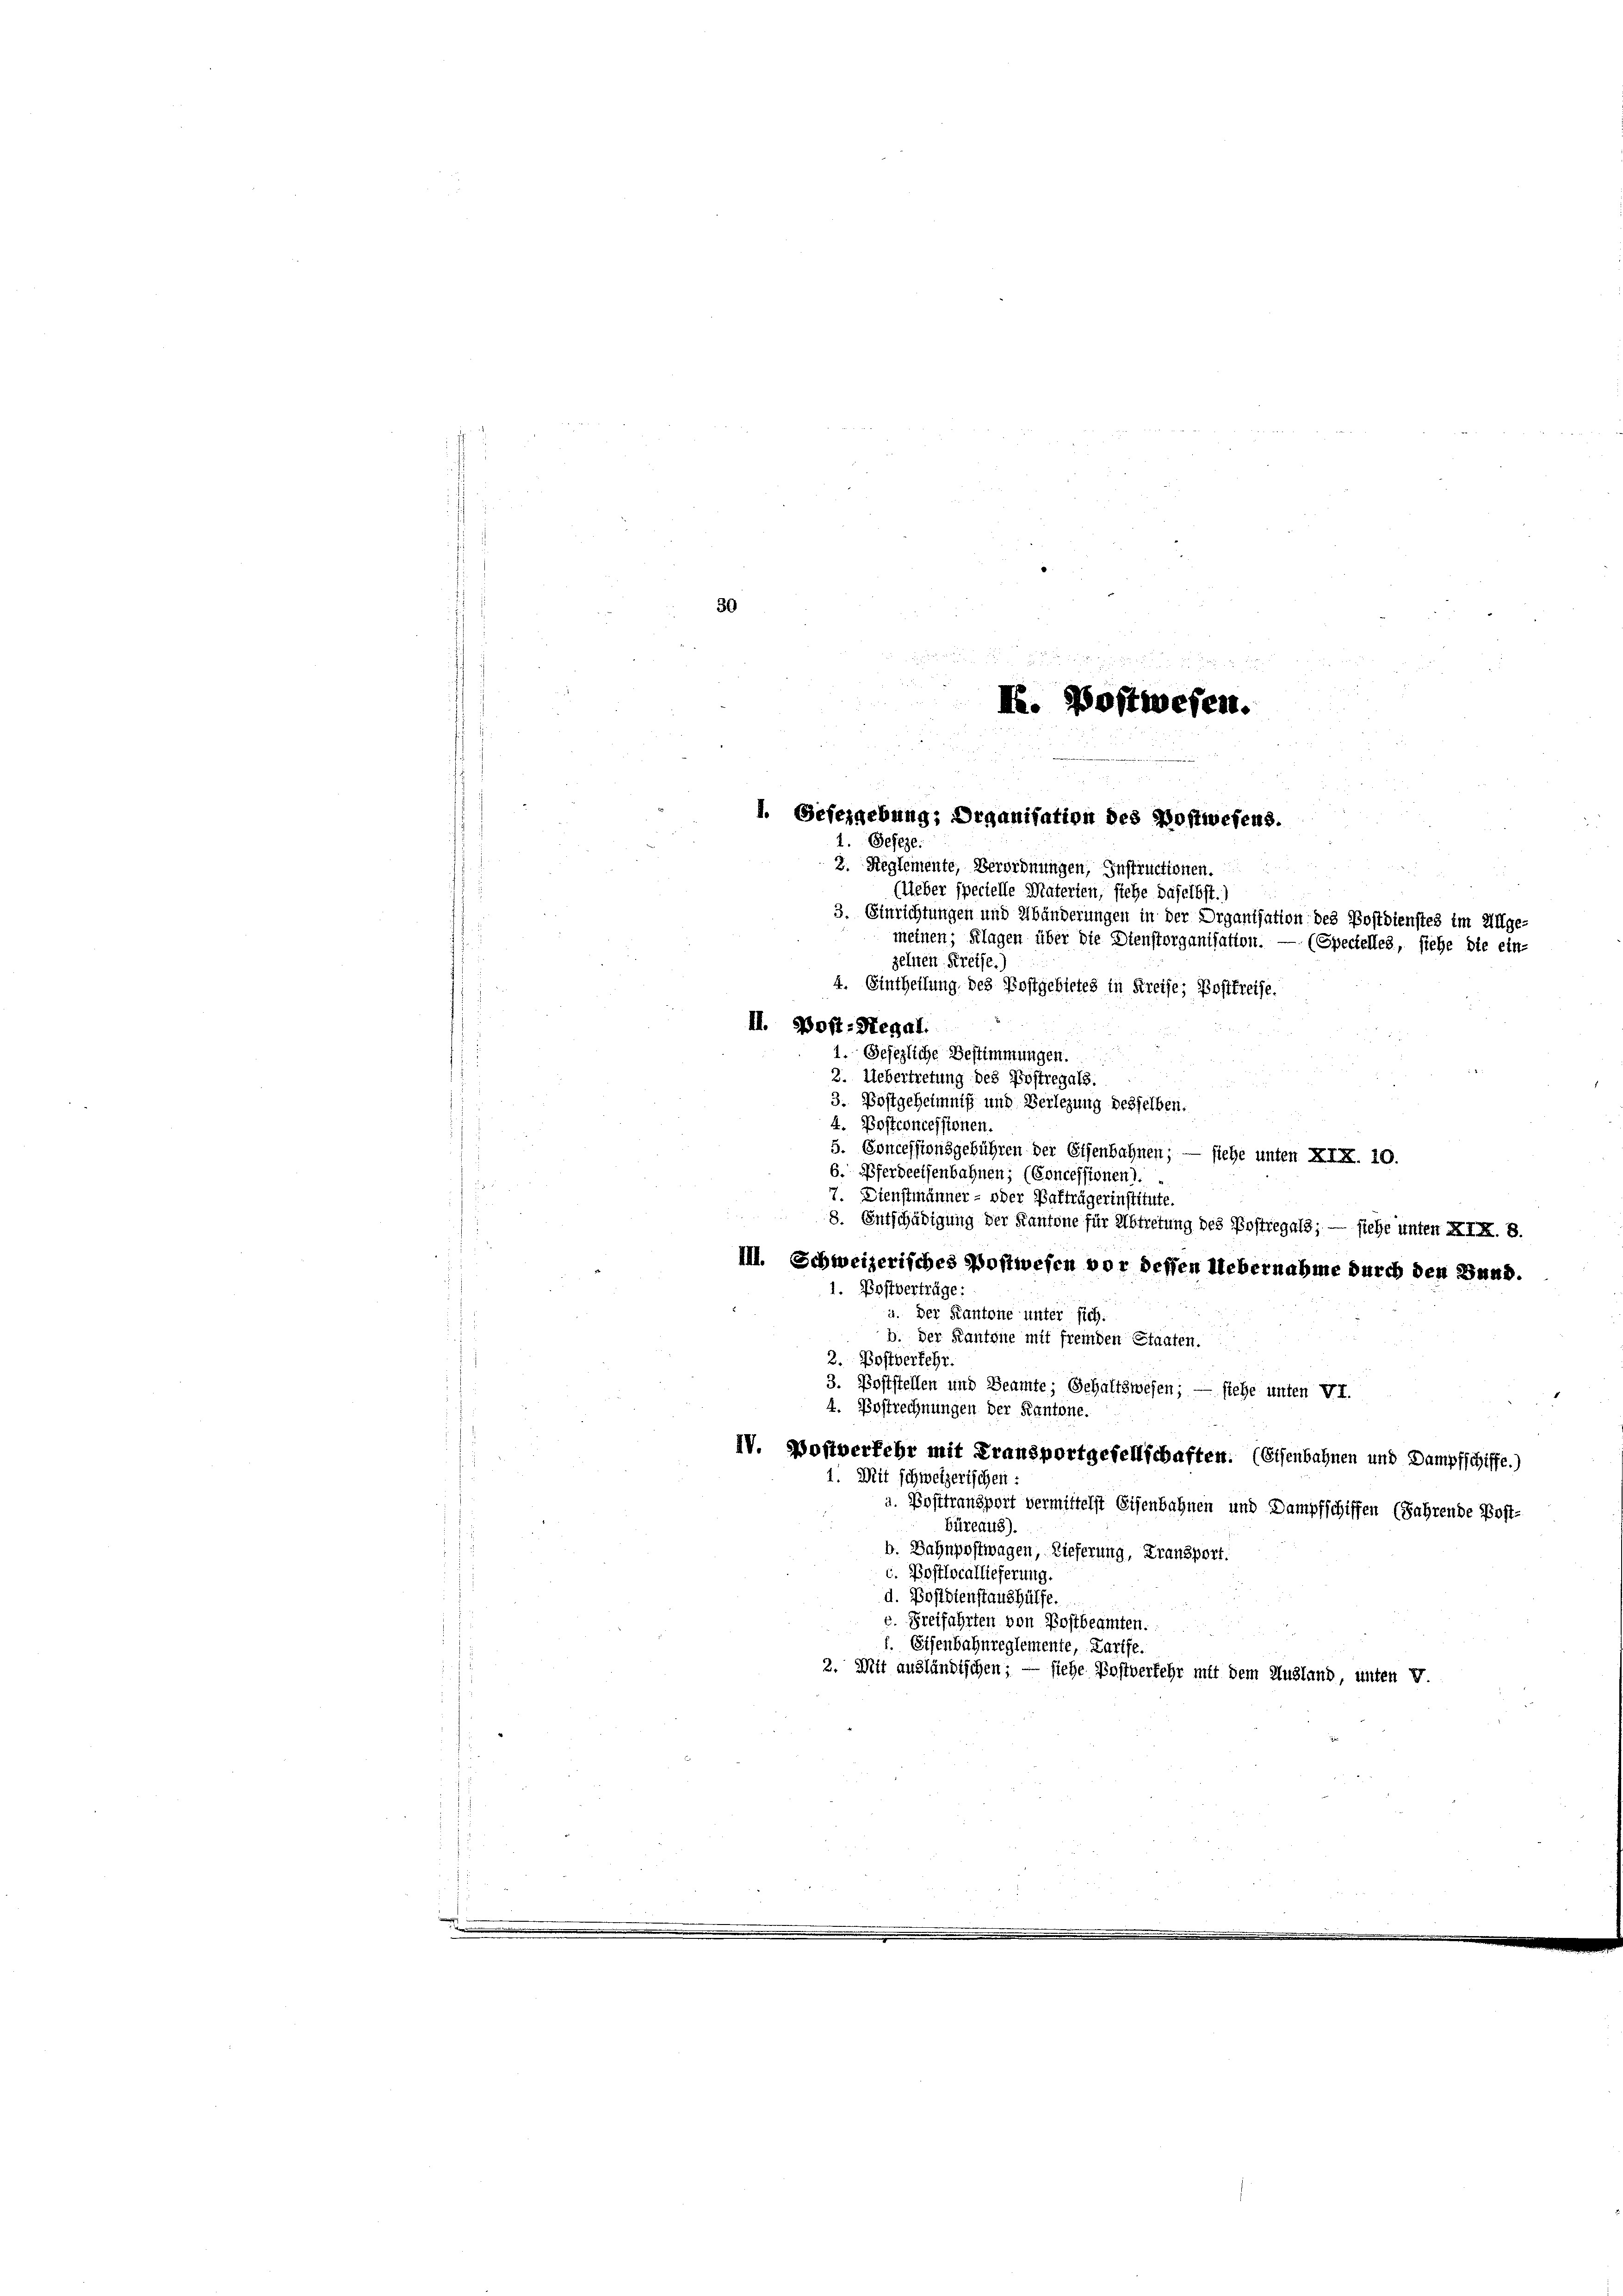
30

I. Postwesen.
1. Gefergebung; Organisation des Postwesens.
1. Geseze:
3. Reglemente, Verordnungen, Instructionen.

zehnen Kreise.
II. Post-Hegal.

122.
3. Einrichtungen und Abänderungen in der Organisation des Postdienstes im Allge-
(Specielles, siehe die ein-

(Ueber specielle Materien, siehe daselbst.)
meinen; Klagen über die Stenstorganisation.
4. Eintheilung des Postgebietes in Kreise; Postfreise.
1. Gesezliche Bestimmungen.
2. Uebertretung des Postregals.
3. Bostgeheimniß und Verlegung desselben.
4. Postconcessionen.
5. Concessionsgebühren der Eisenbahnen; — siehe unten XIX. 10.
6. Pferdeeisenbahnen; (Concessionen d.
7. Dienstmänner - oder Bafträgerinstitute.
8. Entschädigung der Kantone für Abtretung des Postregals; — siehe unten XIX. 8.
III. Schweizerisches Postwesen vor dessen Uebernahme durch den Bund.
1. Postverträge:
u. Der Kantone unter sich.
b. der Kantone mit fremden Staaten.
2. Postverkehr.
3. Poststellen und Beamte; Gehaltswesen; — siehe unten VI.
4. Postrechnungen der Kantone.
IV. Postverkehr mit Fransportgesellschaften. (Eisenbahnen und Dampfschiffe.)
1. Mit schweizerischen :
Bosttransport vermittelst Eisenbahnen und Dampfschiffen (Jahrende Post-
Büreaus).
b. Bahnpostwagen, Lieferung, Fransport.
c. Bostlocallieferung.
d. Postdienstaushülfe.
c. Freifahrten von Postbeamten.
Fe
Eisenbahnreglemente, Kartfe.
2. Mit ausländischen; — siehe Postverkehr mit dem Ausland, unten V.